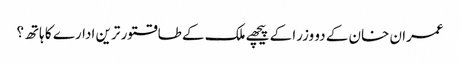
عمران خان کے دو وزرا کے پیچھے ملک کے طاقتور ترین ادارے کا ہاتھ؟